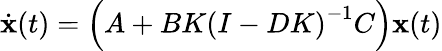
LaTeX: {\dot{\mathbf{x}}}(t)=\left(A+BK\left(I-DK\right)^{-1}C\right)\mathbf{x}(t)